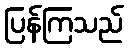
ပြန်ကြသည်